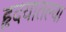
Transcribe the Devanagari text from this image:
हृदयातल्या